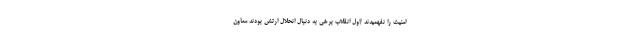
امنیت را نفهمیدند /اول انقلاب برخی به دنبال انحلال ارتش بودند معاون